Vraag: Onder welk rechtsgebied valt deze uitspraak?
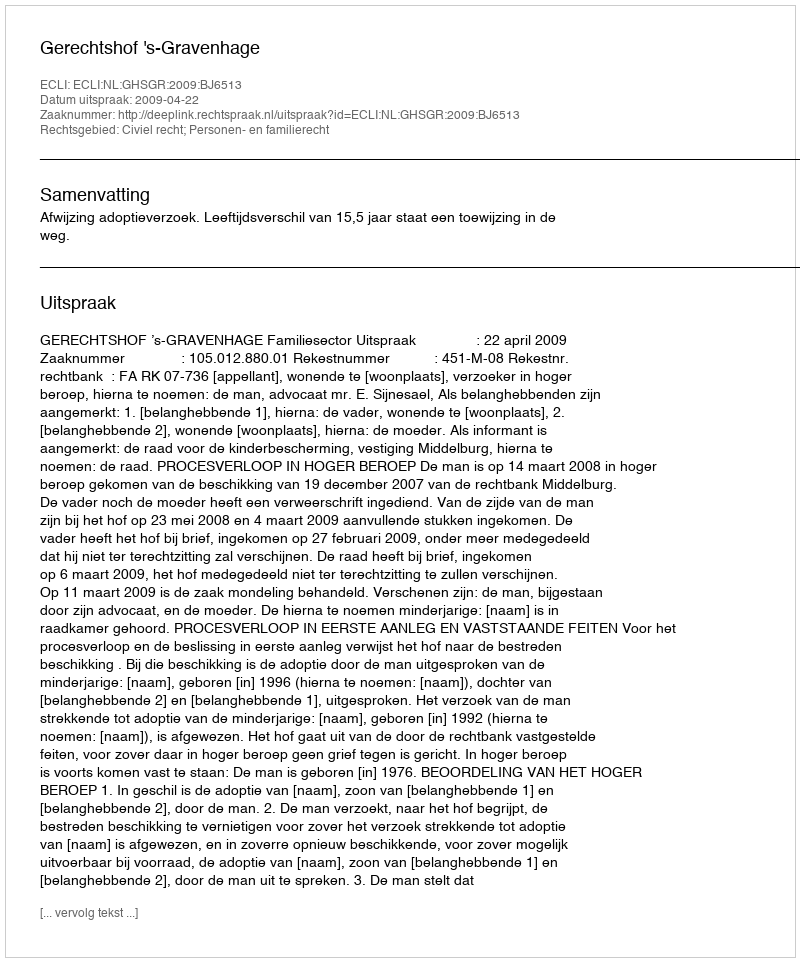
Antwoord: Civiel recht; Personen- en familierecht